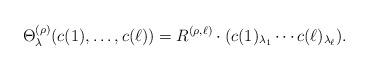
LaTeX: \begin{align*} \Theta^{(\rho)}_\lambda( c(1),\ldots,c(\ell) ) = R^{(\rho,\ell)} \cdot (c(1)_{\lambda_1}\cdots c(\ell)_{\lambda_{\ell}}).\end{align*}